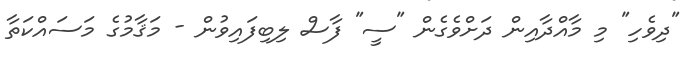
"ދިވެހި" މި މާއްދާއިން ދަށްވެގެން "ސީ" ފާސް ލިބިފައިވުން - މަޤާމުގެ މަސައްކަތާ